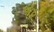
જઠર